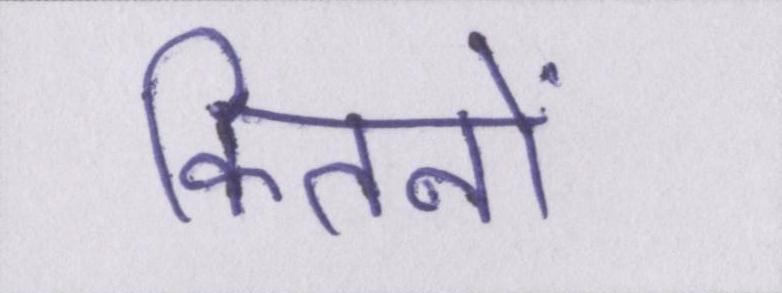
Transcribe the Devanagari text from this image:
कितनों